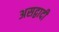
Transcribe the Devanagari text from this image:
असद्वादी